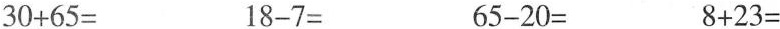
$$3 0 + 6 5 =$$ $$1 8 - 7 =$$ $$6 5 - 2 0 =$$ $$8 + 2 3 =$$